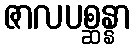
ဇာလပစ္ဆန္နာ